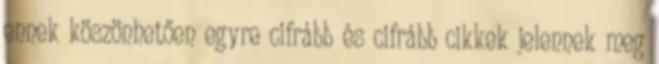
ennek köszönhetően egyre cifrább és cifrább cikkek jelennek meg